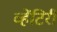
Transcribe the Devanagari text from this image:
व्हेंटिरी